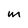
Character: m